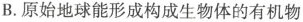
B.原始地球能形成构成生物体的有机物